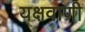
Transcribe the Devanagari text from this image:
यक्षवाणी